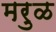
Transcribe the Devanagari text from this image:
मरुळ